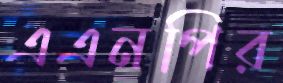
এএনপির